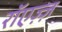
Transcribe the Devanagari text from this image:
रॉएज़्ज़